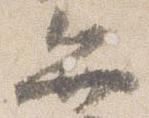
弁